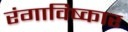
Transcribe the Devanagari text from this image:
रंगाविष्कार